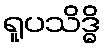
ရူပသိဒ္ဓိ